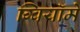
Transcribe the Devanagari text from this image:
ग्वियॉमे